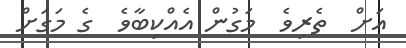
އަށް  ތެރިވެ  މަގުން އެއްކިބާވެ  ގެ މަގަށް